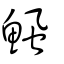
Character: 鯴